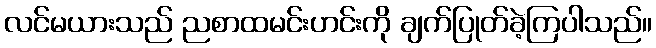
လင်မယားသည် ညစာထမင်းဟင်းကို ချက်ပြုတ်ခဲ့ကြပါသည်။